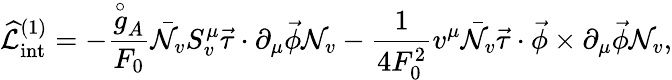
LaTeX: \widehat{\cal L}_{\mathrm{int}}^{(1)}=-\frac{\stackrel{\circ}{g}_{A}}{F_{0}}\bar{\cal N}_{v}S_{v}^{\mu}\vec{\tau}\cdot\partial_{\mu}\vec{\phi}{\cal N}_{v}-\frac{1}{4F_{0}^{2}}v^{\mu}\bar{\cal N}_{v}\vec{\tau}\cdot\vec{\phi}\times\partial_{\mu}\vec{\phi}{\cal N}_{v},